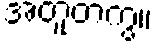
အတူတကွ။